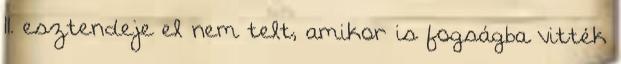
11. esztendeje el nem telt, amikor is fogságba vitték